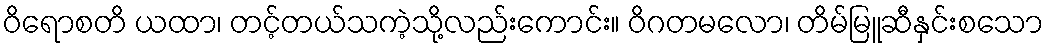
ဝိရောစတိ ယထာ၊ တင့်တယ်သကဲ့သို့လည်းကောင်း။ ဝိဂတမလော၊ တိမ်မြူဆီနှင်းစသော